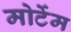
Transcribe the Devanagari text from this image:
मोर्टेम